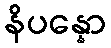
နိပန္နော